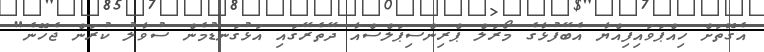
އެގޮތަށް ހިއްޕަވައިފިއްޔާ އެބޭފުޅާގެ މޯރަލް ޕްރިންސިޕަލްސްއާ ދޭތެރޭގައި އަޅުގަނޑުމެން ސުވާލު ކުރަން ޖެހޭނެ"